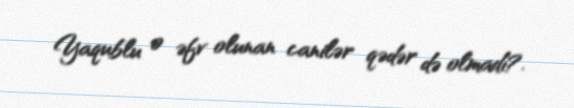
Yaqublu o əfv olunan canilər qədər də olmadı?.